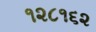
૧૨૮૧૬૨